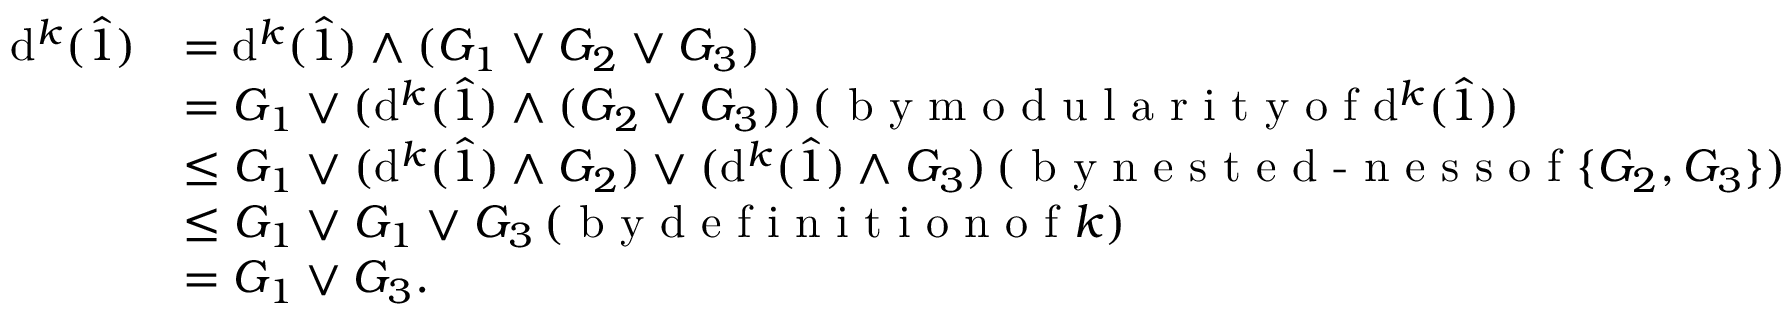
\begin{array} { r l } { \mathrm { d } ^ { k } ( \hat { 1 } ) } & { = \mathrm { d } ^ { k } ( \hat { 1 } ) \wedge ( G _ { 1 } \vee G _ { 2 } \vee G _ { 3 } ) } \\ & { = G _ { 1 } \vee ( \mathrm { d } ^ { k } ( \hat { 1 } ) \wedge ( G _ { 2 } \vee G _ { 3 } ) ) \, ( \textrm { b y m o d u l a r i t y o f } \mathrm { d } ^ { k } ( \hat { 1 } ) ) } \\ & { \leq G _ { 1 } \vee ( \mathrm { d } ^ { k } ( \hat { 1 } ) \wedge G _ { 2 } ) \vee ( \mathrm { d } ^ { k } ( \hat { 1 } ) \wedge G _ { 3 } ) \, ( \textrm { b y n e s t e d - n e s s o f } \{ G _ { 2 } , G _ { 3 } \} ) } \\ & { \leq G _ { 1 } \vee G _ { 1 } \vee G _ { 3 } \, ( \textrm { b y d e f i n i t i o n o f } k ) } \\ & { = G _ { 1 } \vee G _ { 3 } . } \end{array}